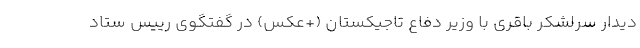
دیدار سرلشکر باقری با وزیر دفاع تاجیکستان (+عکس) در گفتگوی رییس ستاد